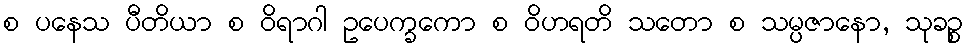
စ ပနေသ ပီတိယာ စ ဝိရာဂါ ဥပေက္ခကော စ ဝိဟရတိ သတော စ သမ္ပဇာနော, သုခဉ္စ